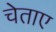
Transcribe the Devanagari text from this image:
चेताए